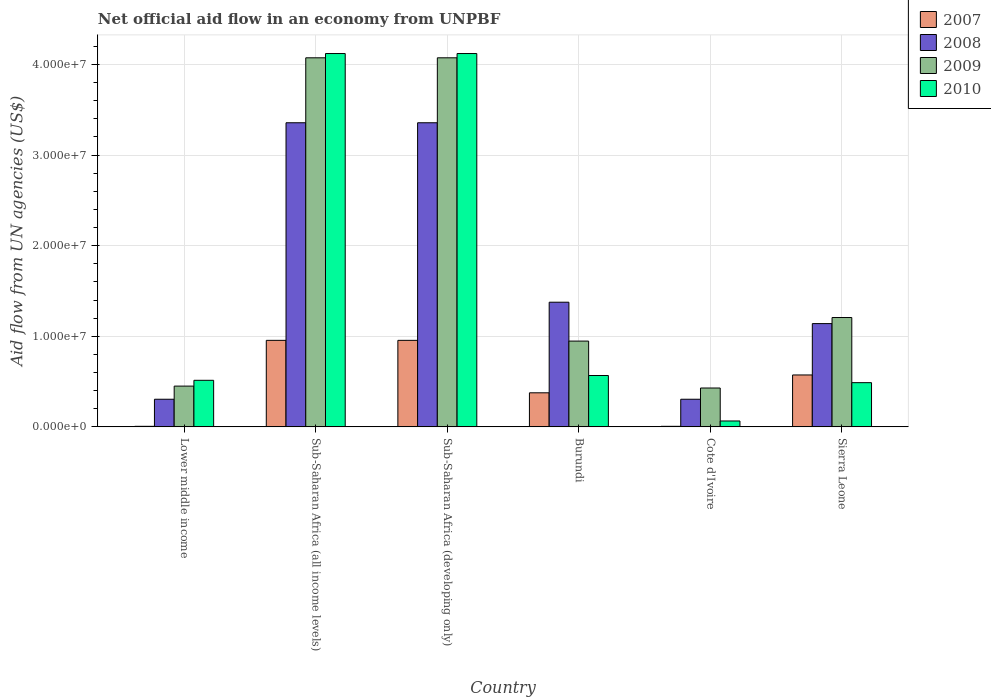
| Country | 2007 | 2008 | 2009 | 2010 |
 | --- | --- | --- | --- | --- |
 | Lower middle income | 6e+04 | 3.05e+06 | 4.5e+06 | 5.14e+06 |
 | Sub-Saharan Africa (all income levels) | 9.55e+06 | 3.36e+07 | 4.07e+07 | 4.12e+07 |
 | Sub-Saharan Africa (developing only) | 9.55e+06 | 3.36e+07 | 4.07e+07 | 4.12e+07 |
 | Burundi | 3.76e+06 | 1.38e+07 | 9.47e+06 | 5.67e+06 |
 | Cote d'Ivoire | 6e+04 | 3.05e+06 | 4.29e+06 | 6.5e+05 |
 | Sierra Leone | 5.73e+06 | 1.14e+07 | 1.21e+07 | 4.88e+06 |